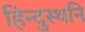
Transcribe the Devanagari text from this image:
हिन्दुस्थनि